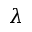
\lambda